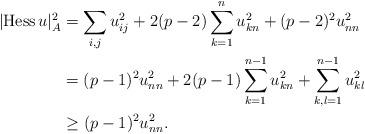
LaTeX: \begin{align*}|{\rm Hess}\,u|_A^2&=\sum_{i,j}u_{ij}^2+2(p-2)\sum_{k=1}^{n}u_{kn}^2+(p-2)^{2}u_{nn}^2\\&=(p-1)^2u_{nn}^2+2(p-1)\sum_{k=1}^{n-1}u_{kn}^2+\sum_{k,l=1}^{n-1}u_{kl}^2\\&\geq(p-1)^2u_{nn}^2.\end{align*}